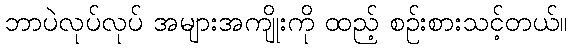
ဘာပဲလုပ်လုပ် အများအကျိုးကို ထည့် စဉ်းစားသင့်တယ်။